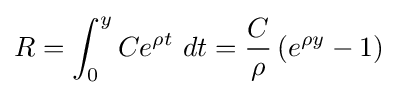
R=\int _{0}^{y}Ce^{\rho t}\ dt={\frac {C}{\rho }}\left(e^{\rho y}-1\right)